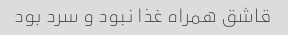
قاشق همراه غذا نبود و سرد بود